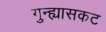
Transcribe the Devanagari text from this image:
गुन्ह्यासकट